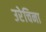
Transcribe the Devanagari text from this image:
उरेचिना